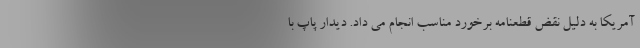
آمریکا به دلیل نقض قطعنامه برخورد مناسب انجام می داد. دیدار پاپ با